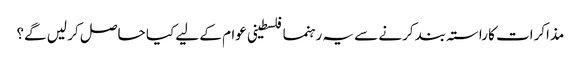
مذاکرات کا راستہ بند کرنے سے یہ رہنما فلسطینی عوام کے لیے کیا حاصل کر لیں گے؟